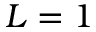
L = 1